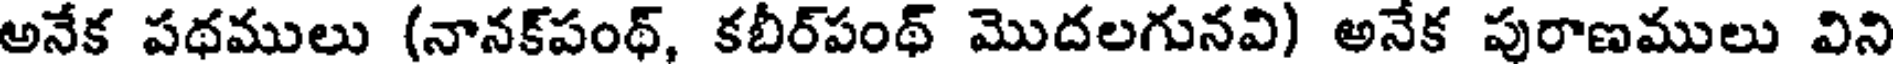
అనేక పథములు (నానక్పంథ్, కబీర్పంథ్ మొదలగునవి) అనేక పురాణములు విని